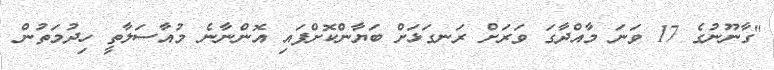
"ގާނޫނުގެ 17 ވަނަ މާއްދާގަ ވަރަށް ރަނގަޅަށް ބަޔާންކޮށްފައި އޮންނާނެ މުއާސަލާތީ ހިދުމަތުން